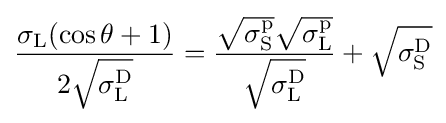
{\frac {\sigma _{\text{L}}(\cos \theta +1)}{2{\sqrt {\sigma _{\text{L}}^{\text{D}}}}}}={\frac {{\sqrt {\sigma _{\text{S}}^{\text{p}}}}{\sqrt {\sigma _{\text{L}}^{\text{p}}}}}{\sqrt {\sigma _{\text{L}}^{\text{D}}}}}+{\sqrt {\sigma _{\text{S}}^{\text{D}}}}